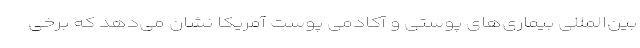
بین‌المللی بیماری‌های پوستی و آکادمی پوست آمریکا نشان می‌دهد که برخی